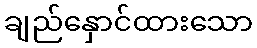
ချည်နှောင်ထားသော